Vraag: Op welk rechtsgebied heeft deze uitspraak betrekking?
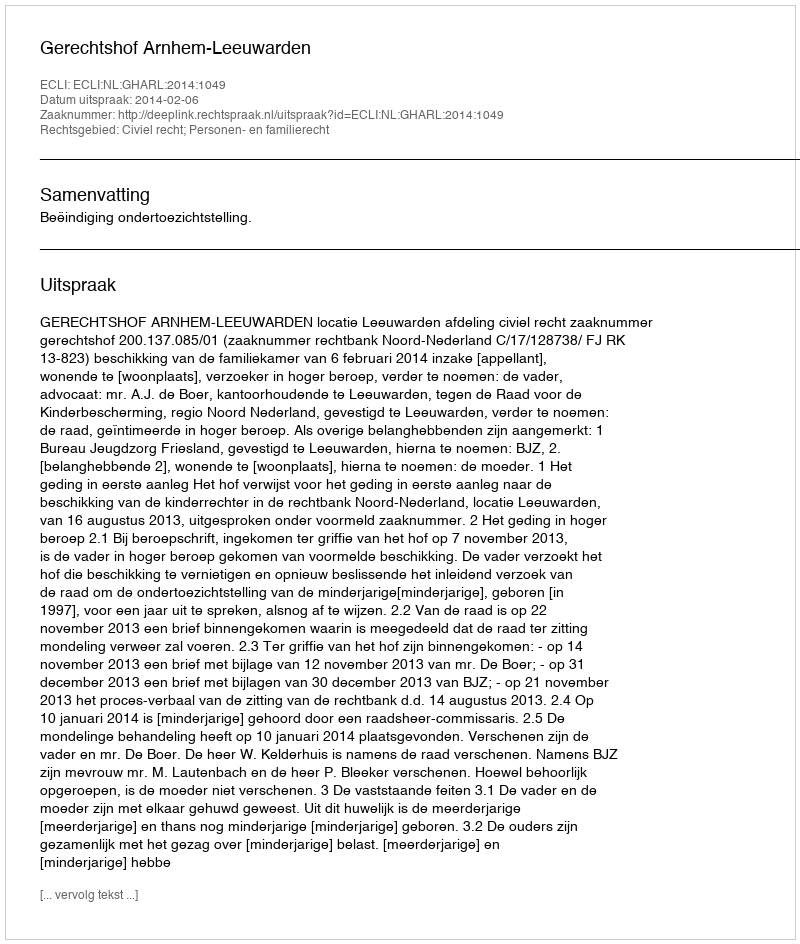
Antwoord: Civiel recht; Personen- en familierecht